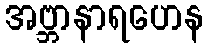
အဗ္ဘာနာရဟေန